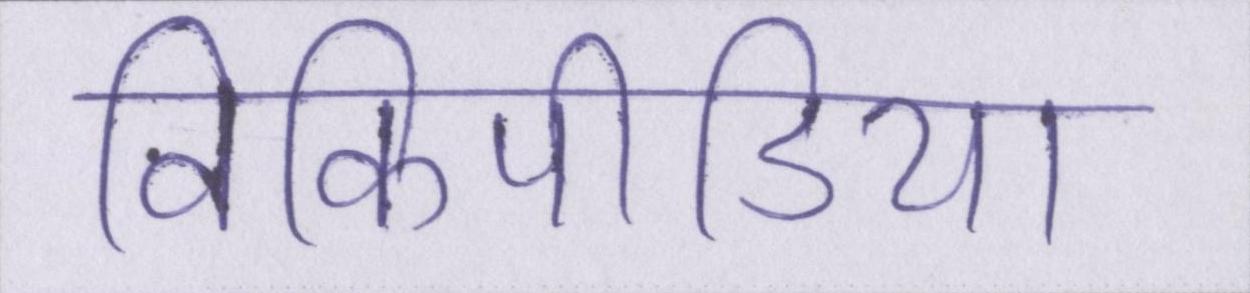
विकिपीडिया